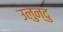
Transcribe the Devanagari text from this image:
उलुन्दु